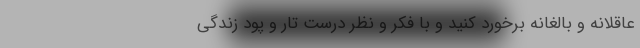
عاقلانه و بالغانه برخورد کنید و با فکر و نظر درست تار و پود زندگی